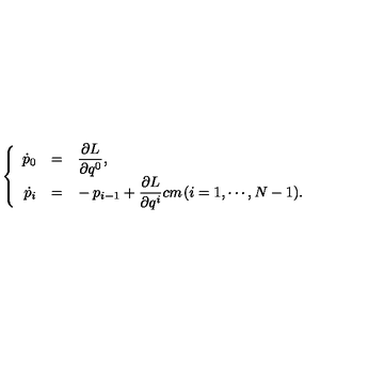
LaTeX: \left\{ \begin{array} { r c l } { \dot { p } _ { 0 } } & { = } & { \displaystyle \frac { \partial L } { \partial q ^ { 0 } } , \vspace { 2 m m } } \\ { \dot { p } _ { i } } & { = } & { \displaystyle \mathrm { } \! - p _ { i - 1 } + \frac { \partial L } { \partial q ^ { i } } \makebox [ 1 c m ] { } ( i = 1 , \cdots , N - 1 ) . } \\ \end{array} \right.